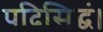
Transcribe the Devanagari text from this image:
पदिसिद्धं।